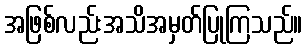
အဖြစ်လည်းအသိအမှတ်ပြုကြသည်။